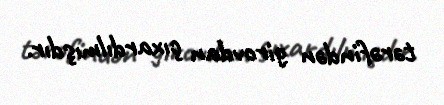
tərəfindən girovdan çıxardılmışdır.